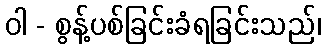
ဝါ - စွန့်ပစ်ခြင်းခံရခြင်းသည်၊